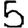
Digit: 5